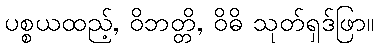
ပစ္စယထည့်, ဝိဘတ္တိ, ဝိဓိ သုတ်ရှဒ်ဖြာ။